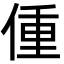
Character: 偅